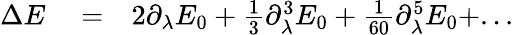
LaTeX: \begin{array}{rlr}{\Delta E}&{{}=}&{2\partial_{\lambda}E_{0}+\frac{1}{3}\partial_{\lambda}^{3}E_{0}+\frac{1}{60}\partial_{\lambda}^{5}E_{0}+...}\end{array}